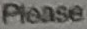
please